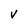
Character: V